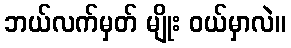
ဘယ်လက်မှတ် မျိုး ဝယ်မှာလဲ။